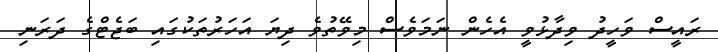
ރައީސް ވަހީދު ވިދާޅުވީ އެހެން ނަމަވެސް މިވޭތުވެ ދިޔަ އަހަރުތަކުގައި ބަޖެޓްގެ ދަރަނި